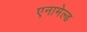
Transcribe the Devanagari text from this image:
एनामेल्ड